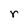
Character: r